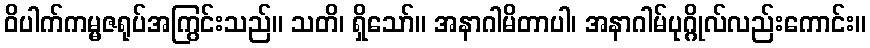
ဝိပါက်ကမ္မဇရုပ်အကြွင်းသည်။ သတိ၊ ရှိသော်။ အနာဂါမိတာပါ၊ အနာဂါမ်ပုဂ္ဂိုလ်လည်းကောင်း။